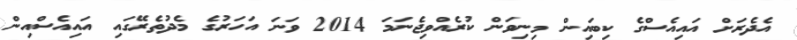
އެދެރަށް އައިއެސްގެ ކިބައިން މިނިވަން ކުރެއްވިޖެނަމަ 2014 ވަނަ އަހަރުގެ މެދުތެރޭގައި އައިއެސްއިން